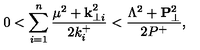
0 < \sum _ { i = 1 } ^ { n } \frac { \mu ^ { 2 } + { \bf k } _ { \perp i } ^ { 2 } } { 2 k _ { i } ^ { + } } < \frac { \Lambda ^ { 2 } + { \bf P } _ { \perp } ^ { 2 } } { 2 P ^ { + } } ,